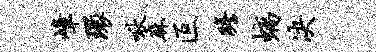
嶂环啾麻叵瞻螭决